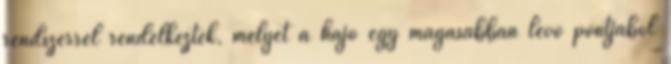
rendszerrel rendelkeztek, melyet a hajó egy magasabban lévő pontjából